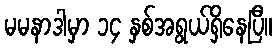
မမနာဒါမှာ ၁၄ နှစ်အရွယ်ရှိနေပြီ။